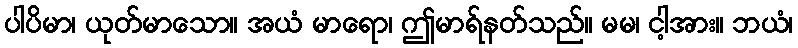
ပါပိမာ၊ ယုတ်မာသော။ အယံ မာရော၊ ဤမာရ်နတ်သည်။ မမ၊ ငါ့အား။ ဘယံ၊